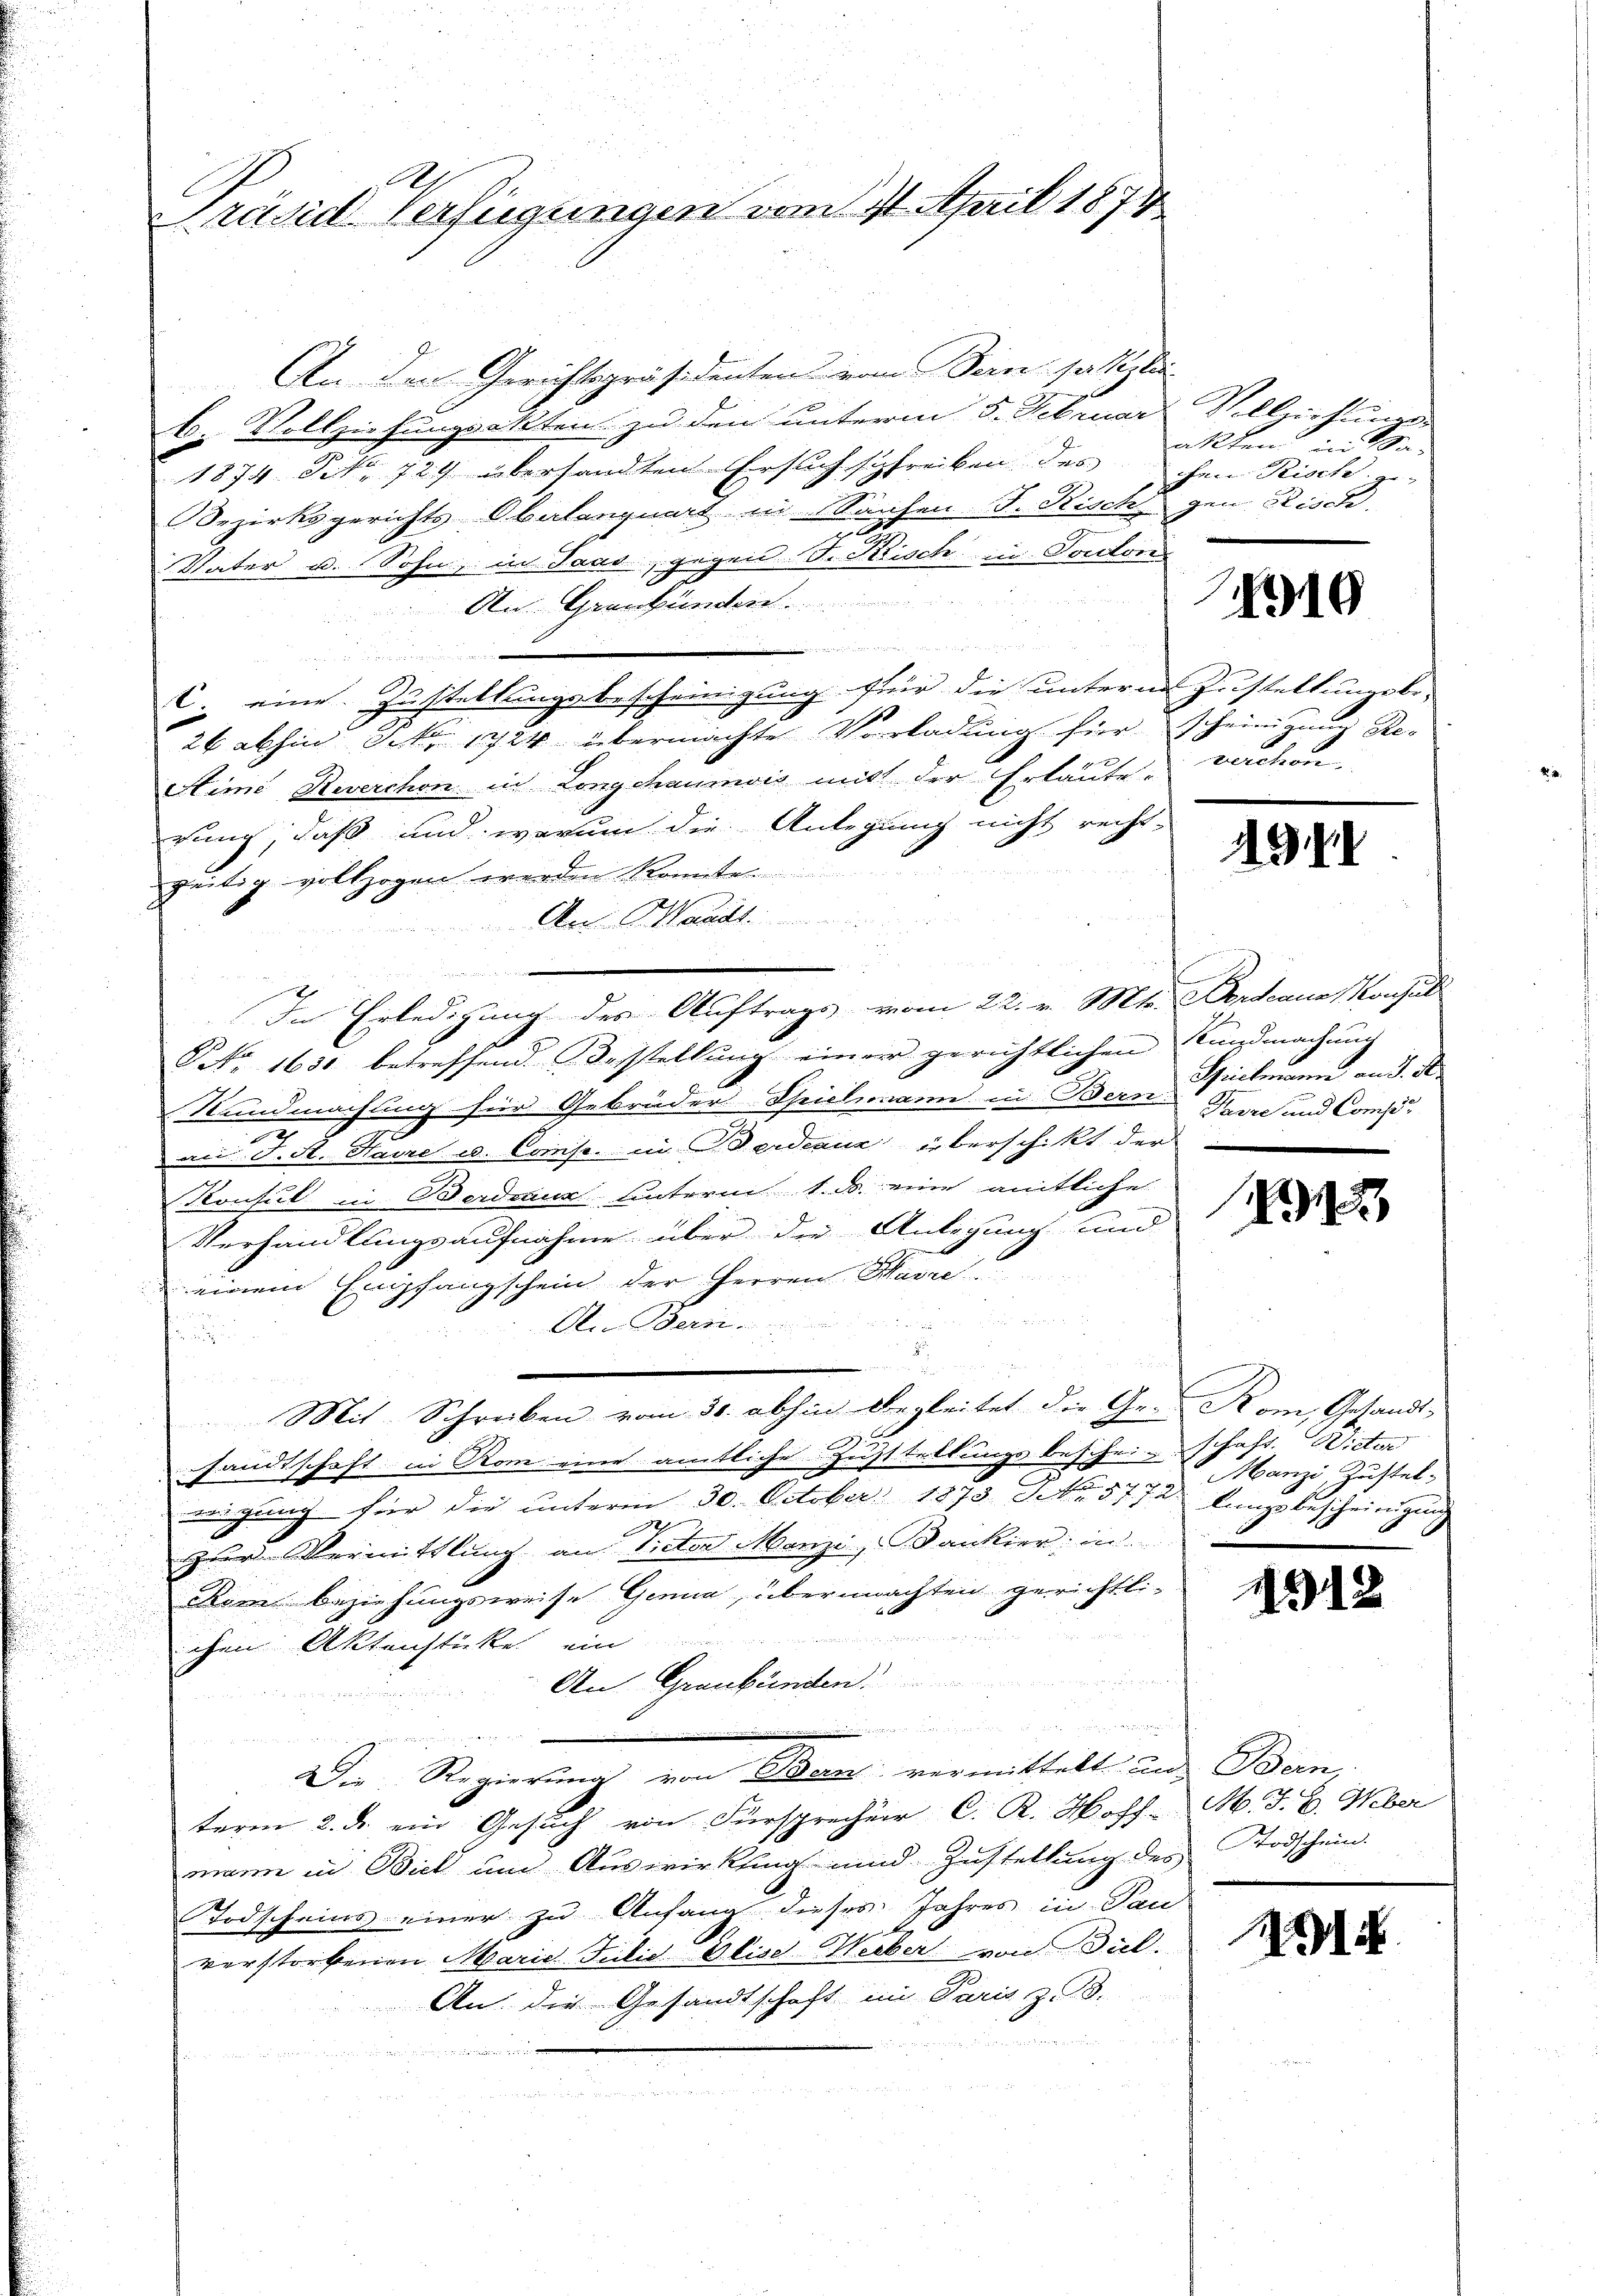
Präsid Verfügungen vom 11. April 1874

An den Gerichtspräsidenten vom Bern sa stili
b. Vollziehungsakten zu den unterm 5. Februar Vollziehungs-
1874 Art. 729 übersandten Ersuch schreiben des
Bezirksgerichts Obalanguat in Sachen S. Risch, gen Zisch,
Vater u. Sohn, in Jaco, gegen S. Kisch in Ponton
d
An Graubünden
.

nngen er der
C. eine Zustellungsbescheinigung für die unterm Zustellungsbe- |
26 abhin Sebr 1724 übermachte Vorladung für Scheinigung Re-
Stime Reverchon in Longchaumvis mit der Erläuter verchon
rung, daß und warum die Anlegung nicht recht-
zeitig vollzogen werden könnte.
An Mand
e
In Erledigung des Auftrags vom 22. v. Mts. Fordeaus Konsul
NNo. 1630 betreffend Bestellung einer gerichtlichen Kundmachung
b
Sundmachung für Gebrüder-Theillemann in Bern Bach und Compe¬
2
an J. St. Haire u. Comp. in Gerdeaux überschikt der
Konsul in Berdraus unterm 1. ds. eine amtliche
Verhandlungsaufnahme über die Anlegung und
einem Empfangschein der Herren Maire

Ain Bern
u
u
Mit Schreiben vom 30. abhin begleitet die Ge-Kom, Gesandt-
sandtschaft in Rom eine amtliche Zustellungsbescheinschaft. Wieter
wigung für die unterm 30. October 1873 No 5772 langsbescheinigung
2
x
zur Vermittlung an Victor Manzi, Bankier; in
im Beziehungsweise Genua, übermachten gerichtli-
chen Aktenstücke ein
i
An Graubünden.
itirte
un
ie Regierung von Bern vermittelt und Bern
term 2. ds. ein Gesuch von Fürsprecher C. R. Hoff-M. J. G. Weber
mann in Biel am Auswirkling und Zustellung des Todschein.
Todscheins einer zu Anfang dieses Jahres in Pau
verstorbenen Marie Julie Weise Weiber von Diel.
An die Gesandtschaft im Paris z. B.

 elten

akten in Sachen Risch ge-

19

49II

s
Sprickmann an d. M.

131

Manz, Zustel-

1315

M